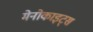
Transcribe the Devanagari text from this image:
मेनोकाइट्स